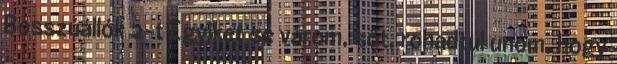
Bosszúállók 2-t Egyiket se várom, sőt, rohadtul unom, hogy